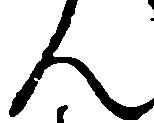
ん